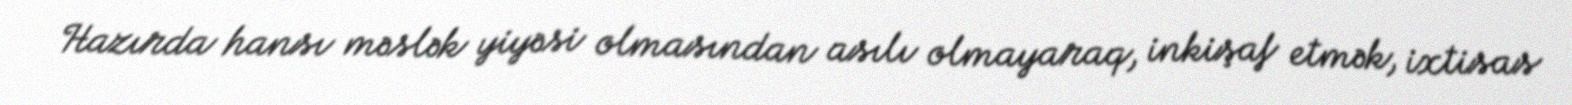
Hazırda hansı məslək yiyəsi olmasından asılı olmayaraq, inkişaf etmək, ixtisas